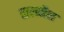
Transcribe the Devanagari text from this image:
तालमैल